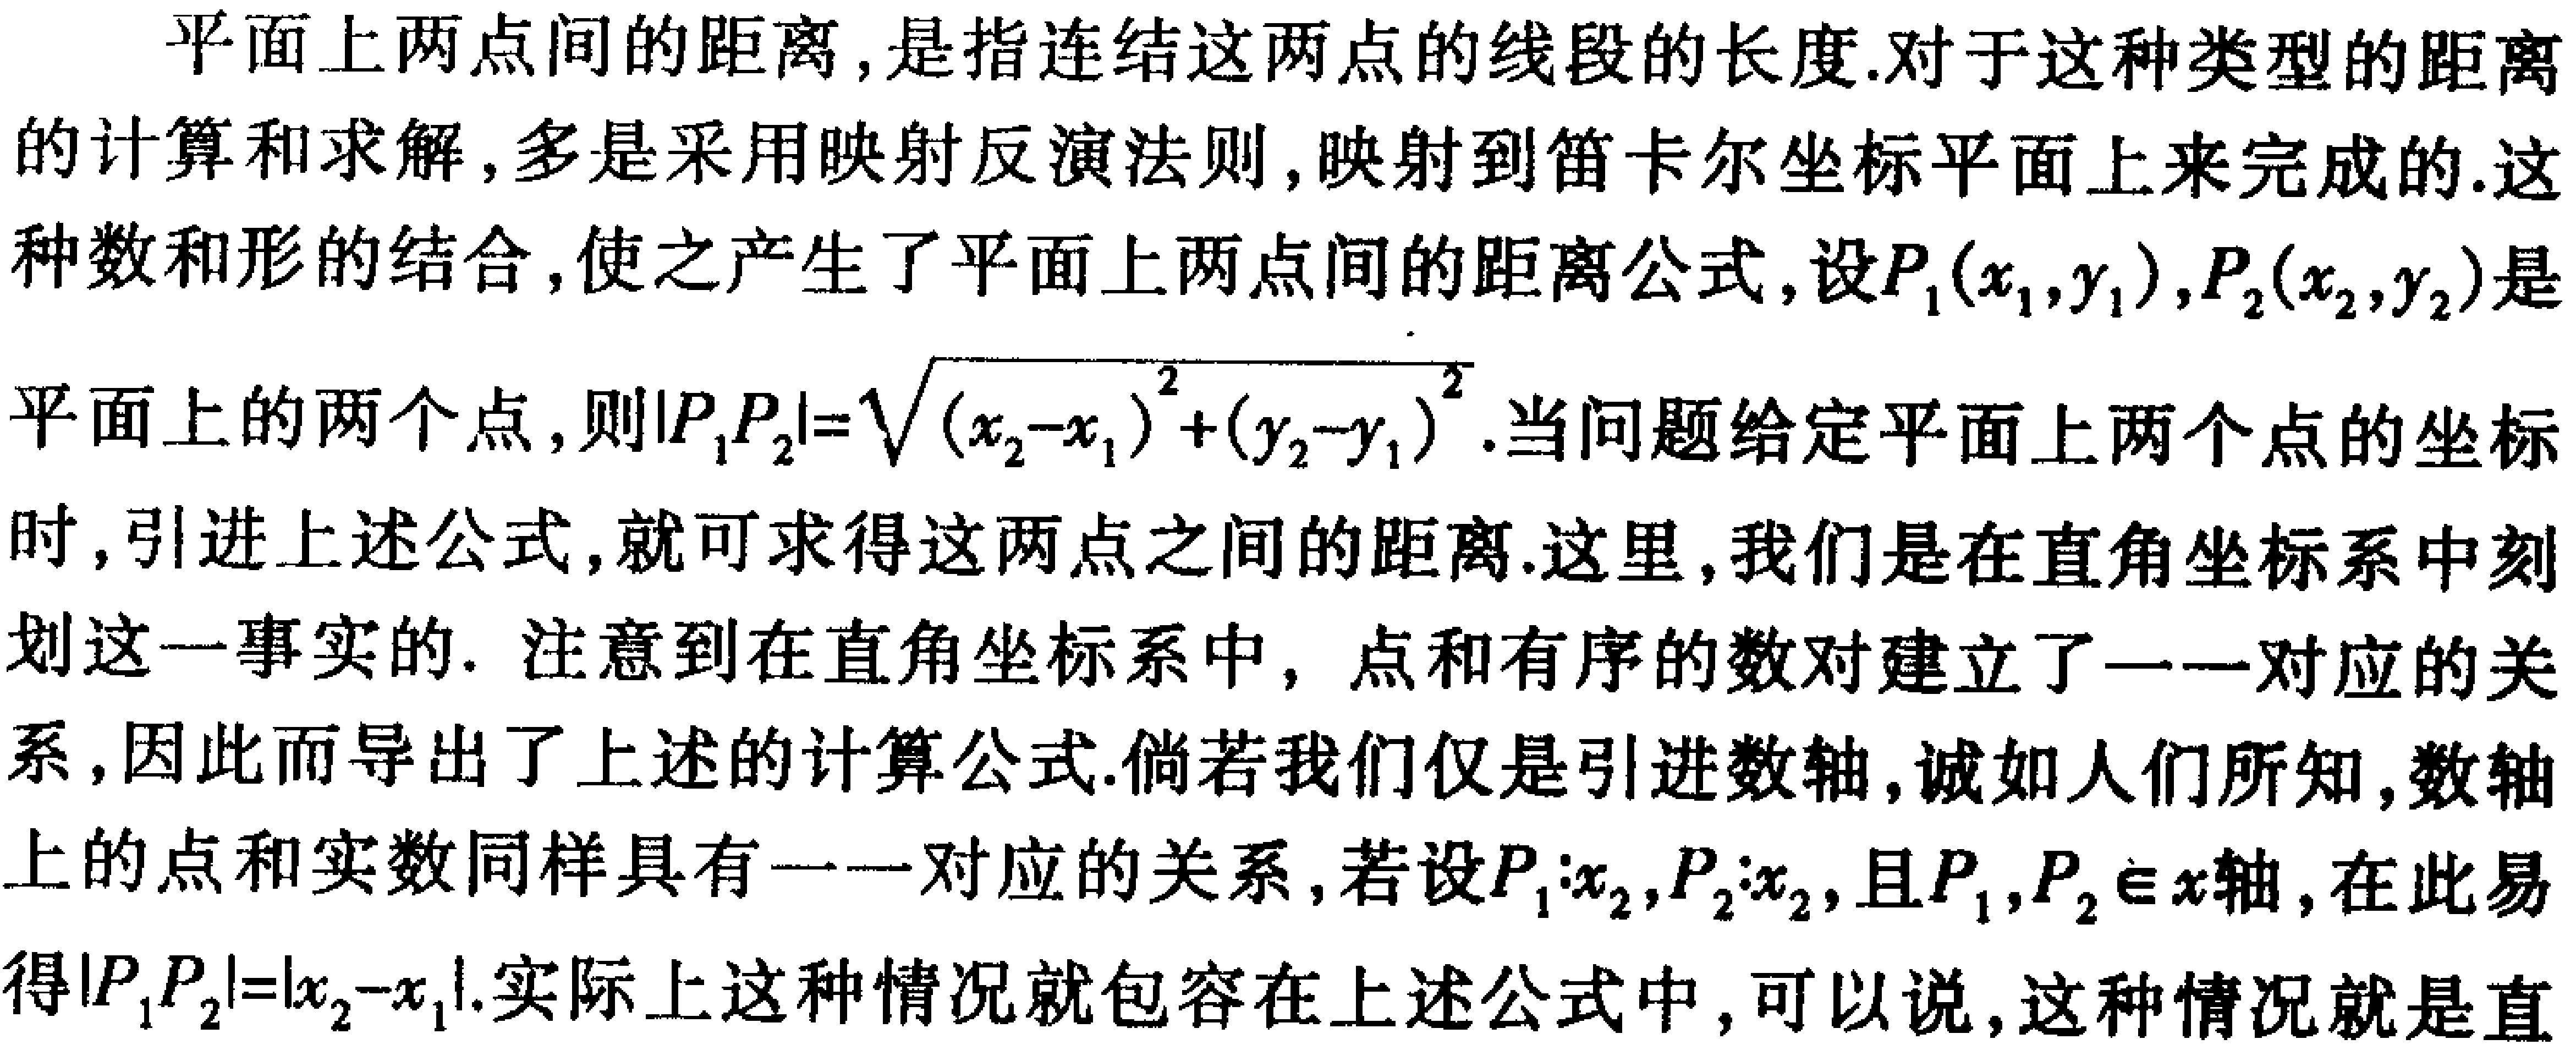
平面上两点间的距离,是指连结这两点的线段的长度.对于这种类型的距离的计算和求解,多是采用映射反演法则,映射到笛卡尔坐标平面上来完成的.这种数和形的结合,使之产生了平面上两点间的距离公式,设\(P_1(x_1,y_1),P_2(x_2,y_2)\)是平面上的两个点,则\(\vert P_1P_2\vert=\sqrt{(x_2 - x_1)^2+(y_2 - y_1)^2}\).当问题给定平面上两个点的坐标时,引进上述公式,就可求得这两点之间的距离.这里,我们是在直角坐标系中刻划这一事实的. 注意到在直角坐标系中, 点和有序的数对建立了一一对应的关系,因此而导出了上述的计算公式.倘若我们仅是引进数轴,诚如人们所知,数轴上的点和实数同样具有一一对应的关系,若设\(P_1:x_1,P_2:x_2\),且\(P_1,P_2\in x\)轴,在此易得\(\vert P_1P_2\vert=\vert x_2 - x_1\vert\).实际上这种情况就包容在上述公式中,可以说,这种情况就是直